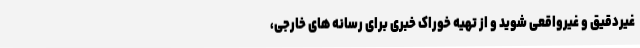
غیردقیق و غیرواقعی شوید و از تهیه خوراک خبری برای رسانه های خارجی،